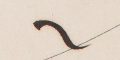
٦